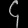
Digit: ၄